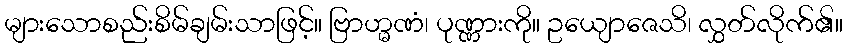
များသောစည်းစိမ်ချမ်းသာဖြင့်။ ဗြာဟ္မဏံ၊ ပုဏ္ဏားကို။ ဥယျောဇေသိ၊ လွှတ်လိုက်၏။